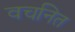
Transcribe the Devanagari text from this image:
वचनित